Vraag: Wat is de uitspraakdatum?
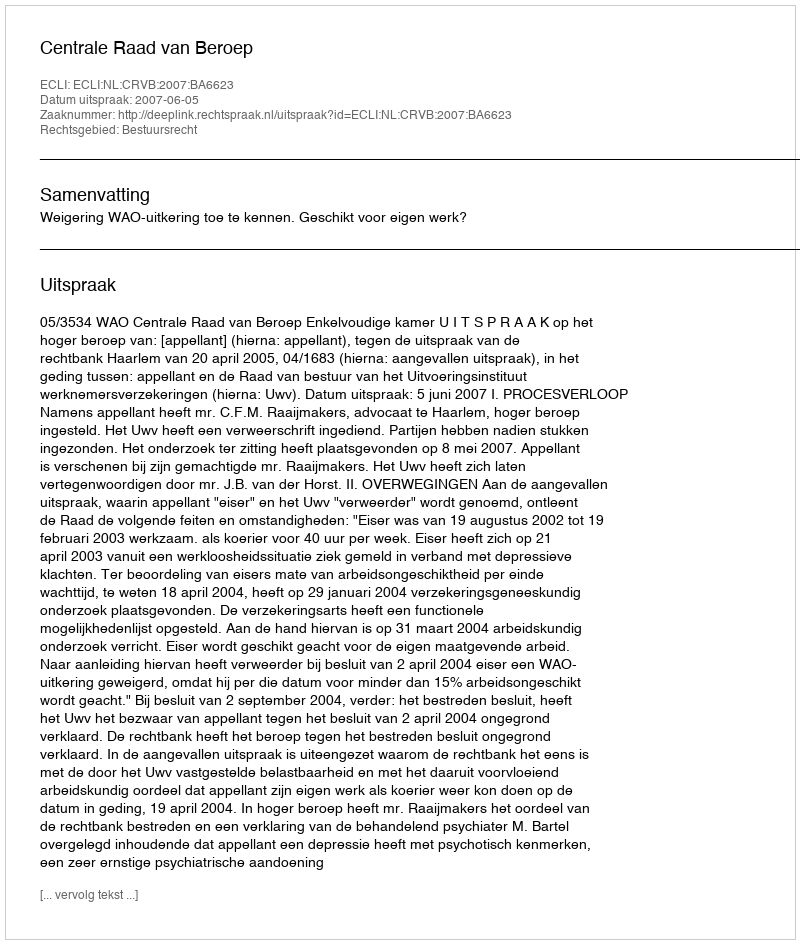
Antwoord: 2007-06-05